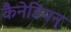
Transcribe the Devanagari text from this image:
कैनेडियन्